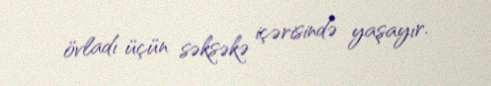
övladı üçün səksəkə içərisində yaşayır.